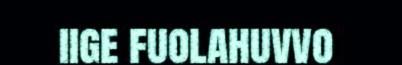
iige fuolahuvvo